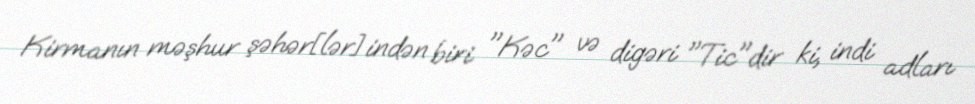
Kirmanın məşhur şəhər[lər]indən biri "Kəc" və digəri "Tic"dir ki, indi adları